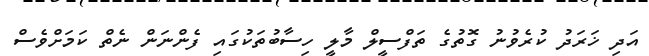
އަދި ޚަރަދު ކުރެވުނު ގޮތުގެ ތަފްސީލް މާލީ ހިސާބުތަކުގައި ފެންނަން ނެތް ކަމަށްވެސް